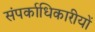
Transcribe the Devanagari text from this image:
संपर्काधिकारीयों